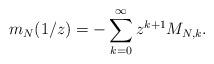
LaTeX: \begin{align*}m_N(1/z) &= - \sum_{k=0}^\infty z^{k+1} M_{N,k}.\end{align*}